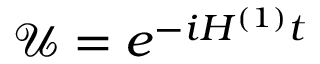
\mathcal { U } = e ^ { - i H ^ { ( 1 ) } t }